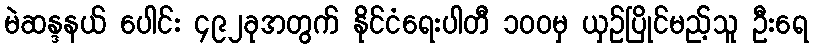
မဲဆန္ဒနယ် ပေါင်း ၄၉၂ခုအတွက် နိုင်ငံရေးပါတီ ၁၀၀မှ ယှဉ်ပြိုင်မည့်သူ ဦးရေ